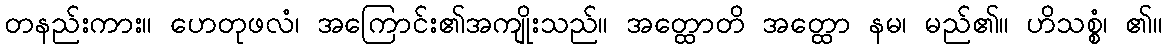
တနည်းကား။ ဟေတုဖလံ၊ အကြောင်း၏အကျိုးသည်။ အတ္ထောတိ အတ္ထော နမ၊ မည်၏။ ဟိသစ္စံ၊ ၏။